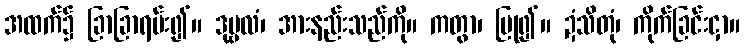
အထက်၌ ခြာခြာရမ်း၍။ ဒုဗ္ဗလံ၊ အားနည်းသည်ကို။ ကတွာ၊ ပြု၍။ ဍံသိတုံ၊ ကိုက်ခြင်းငှာ။